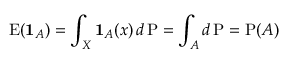
\operatorname { E } ( \mathbf { 1 } _ { A } ) = \int _ { X } \mathbf { 1 } _ { A } ( x ) \, d \operatorname { P } = \int _ { A } d \operatorname { P } = \operatorname { P } ( A )